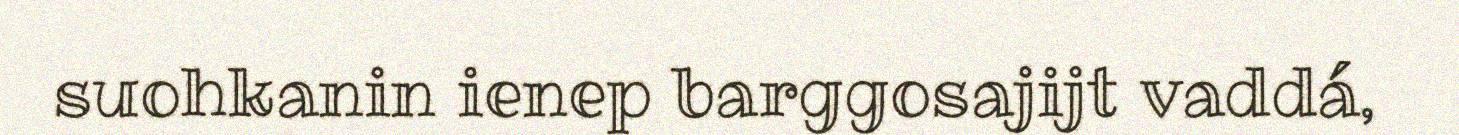
suohkanin ienep barggosajijt vaddá,